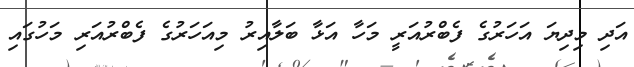
އަދި މިދިޔަ އަހަރުގެ ފެބްރުއަރީ މަހާ އަޅާ ބަލާއިރު މިއަހަރުގެ ފެބްރުއަރި މަހުގައި